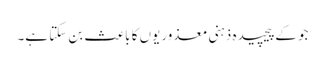
جو کےپیچیدہ ذہنی معذوریوں کا باعث بن سکتا ہے۔